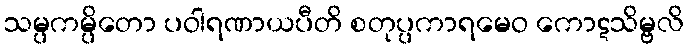
သမ္ပကမ္ပိတော ပဝါရဏာယပီတိ စတုပ္ပကာရမေဝ ကောဋသိမ္ဗလိ